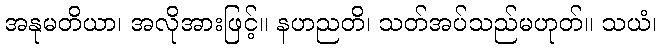
အနုမတိယာ၊ အလိုအားဖြင့်။ နဟညတိ၊ သတ်အပ်သည်မဟုတ်။ သယံ၊